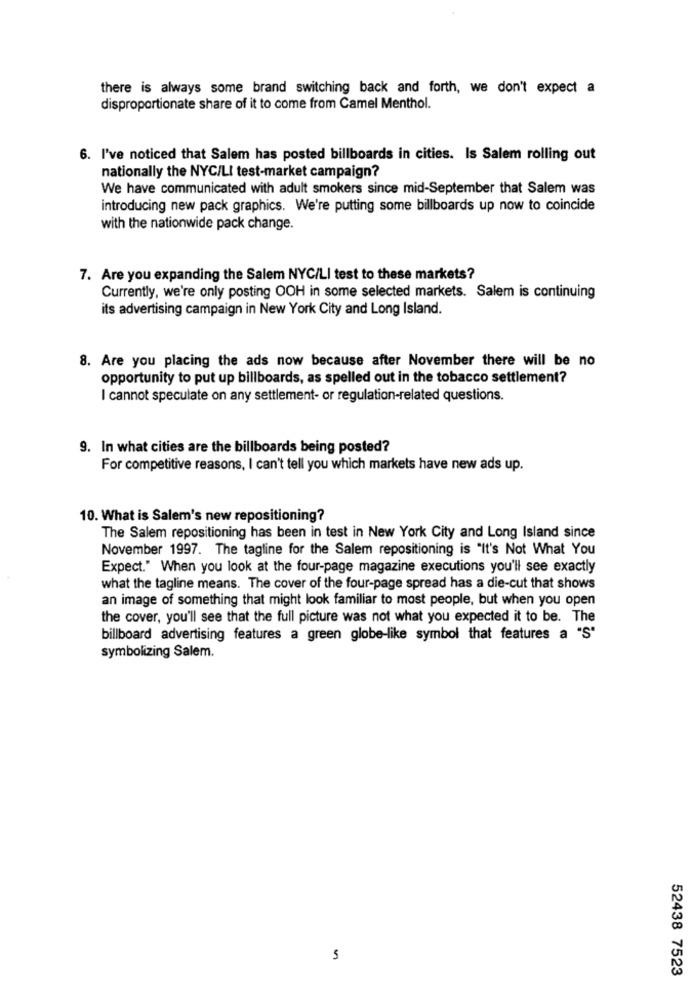
there is always some brand switching back and forth, we don't expect a
disproportionate share of it to come from Camel Menthol.
6. I've noticed that Salem has posted billboards in cities. Is Salem rolling out
nationally the NYC/LI test-market campaign?
We have communicated with adult smokers since mid-September that Salem was
introducing new pack graphics. We're putting some billboards up now to coincide
with the nationwide pack change.
7. Are you expanding the Salem NYC/LI test to these markets?
Currently, we're only posting OOH in some selected markets. Salem is continuing
its advertising campaign in New York City and Long Island.
8. Are you placing the ads now because after November there will be no
opportunity to put up billboards, as spelled out in the tobacco settlement?
I cannot speculate on any settlement- or regulation-related questions.
9. In what cities are the billboards being posted?
For competitive reasons, I can't tell you which markets have new ads up.
10. What is Salem's new repositioning?
The Salem repositioning has been in test in New York City and Long Island since
November 1997. The tagline for the Salem repositioning is "It's Not What You
Expect." When you look at the four-page magazine executions you'll see exactly
what the tagline means. The cover of the four-page spread has a die-cut that shows
an image of something that might look familiar to most people, but when you open
the cover, you'll see that the full picture was not what you expected it to be. The
billboard advertising features a green globe-like symbol that features a "S'
symbolizing Salem.
52438 7523